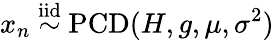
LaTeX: x_{n}\overset{\mathrm{iid}}{\sim}\operatorname{PCD}(H,g,\mu,\sigma^{2})